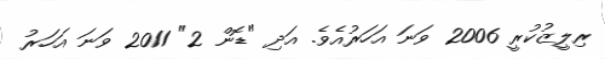
ރިލީޒުކުރީ 2006 ވަނަ އަހަރުއެވެ. އަދި "ޑޮން 2" 2011 ވަނަ އަހަރު